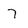
Character: 7